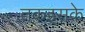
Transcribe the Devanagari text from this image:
तकइसके